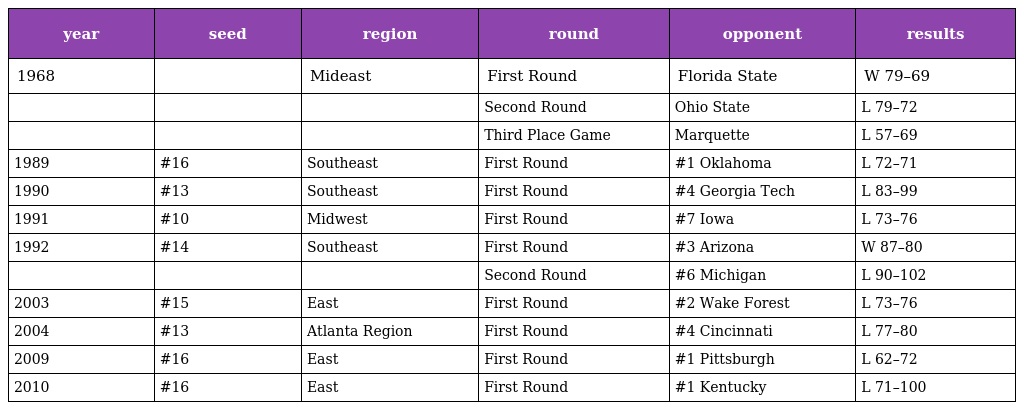
| year | seed | region | round | opponent | results |
 | --- | --- | --- | --- | --- | --- |
 | 1968 |  | Mideast | First Round | Florida State | W 79–69 |
 |  |  |  | Second Round | Ohio State | L 79–72 |
 |  |  |  | Third Place Game | Marquette | L 57–69 |
 | 1989 | #16 | Southeast | First Round | #1 Oklahoma | L 72–71 |
 | 1990 | #13 | Southeast | First Round | #4 Georgia Tech | L 83–99 |
 | 1991 | #10 | Midwest | First Round | #7 Iowa | L 73–76 |
 | 1992 | #14 | Southeast | First Round | #3 Arizona | W 87–80 |
 |  |  |  | Second Round | #6 Michigan | L 90–102 |
 | 2003 | #15 | East | First Round | #2 Wake Forest | L 73–76 |
 | 2004 | #13 | Atlanta Region | First Round | #4 Cincinnati | L 77–80 |
 | 2009 | #16 | East | First Round | #1 Pittsburgh | L 62–72 |
 | 2010 | #16 | East | First Round | #1 Kentucky | L 71–100 |